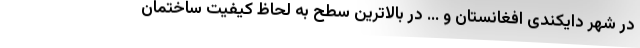
در شهر دایکندی افغانستان و ... در بالاترین سطح به لحاظ کیفیت ساختمان